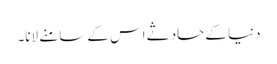
دنیا کے حادثے اس کے سامنے لانا۔